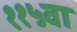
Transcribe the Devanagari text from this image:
११५वा